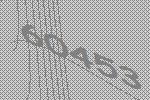
60453